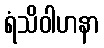
ရံသိဝါဟနာ